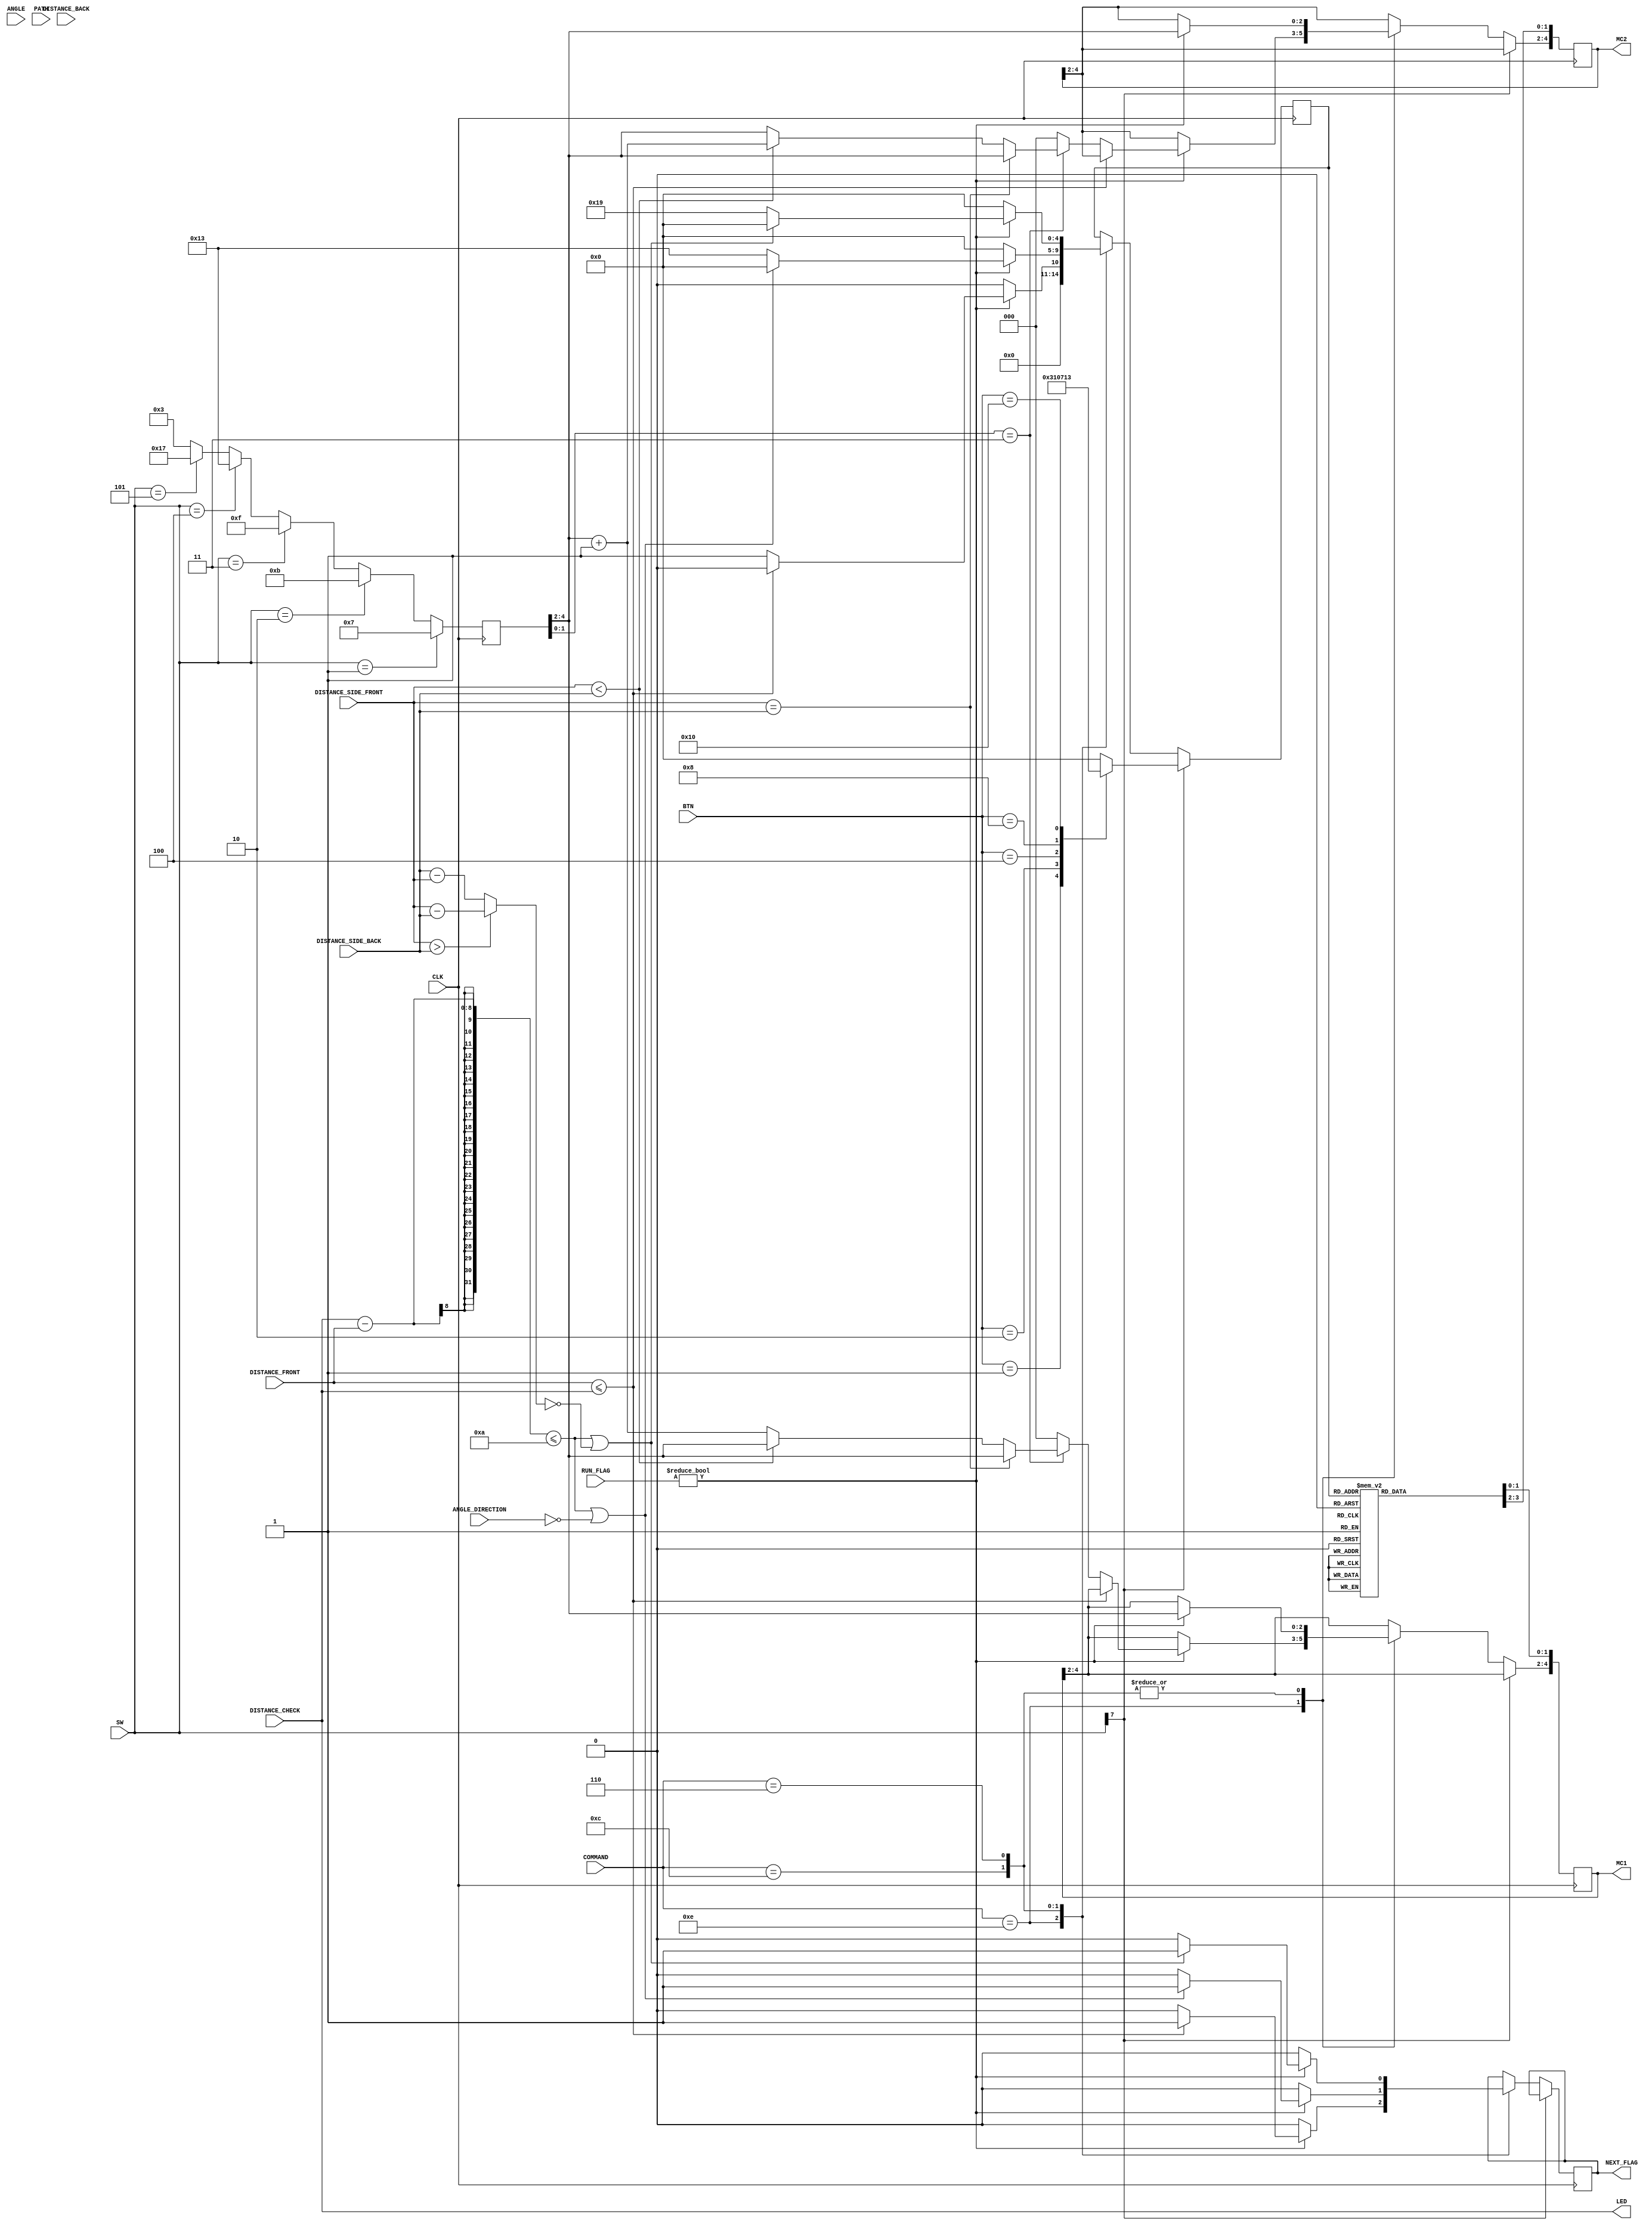
module direction_control(
		input CLK,
		input [7:0] SW,
		input [4:0] BTN,
		input [7:0] DISTANCE_FRONT,
		input [7:0] DISTANCE_BACK,
		input [7:0] DISTANCE_SIDE_BACK,
		input [7:0] DISTANCE_SIDE_FRONT,
		input [7:0] ANGLE,
		input [1:0] ANGLE_DIRECTION,
		input [4:0] COMMAND,
		input [7:0] PATH,
		input [7:0] DISTANCE_CHECK,
		output NEXT_FLAG,
		output reg [4:0] MC1, //Bits 1:0 control Direction, Bits 4:2 Control Power
		output reg [4:0] MC2,	 //Bits 1:0 control Direction, Bits 4:2 Control Power
		output [7:0] LED,
		input [1:0] RUN_FLAG
    );
	 
	wire [7:0] ALIGN_COMP;

	reg NEXT_FLAG;
	reg [4:0] DIR_STATE, PWM_STATE;
	reg [7:0] STATE;
	reg FLAG, STABLE,START;
	
	
	//	Movement Parameters
	parameter [4:0] NEUTRAL = 			5'b 00000;
	parameter [4:0] FORWARD = 			5'b 00001;
	parameter [4:0] REVERSE = 			5'b 00010;
	parameter [4:0] FORWARD_RIGHT = 	5'b 00011;
	parameter [4:0] BACK_RIGHT = 		5'b 00111;
	parameter [4:0] FORWARD_LEFT = 	5'b 11000;
	parameter [4:0] BACK_LEFT = 		5'b 10000;
	parameter [4:0] R_360 = 			5'b 10011;
	parameter [4:0] L_360 = 			5'b 11001;
	 
	// Power Parameters
	parameter [4:0] BOTH_88 = 	5'b 11111;
	parameter [4:0] BOTH_75 = 	5'b 11011;
	parameter [4:0] BOTH_62 = 	5'b 10111;
	parameter [4:0] BOTH_50 = 	5'b 10011;
	parameter [4:0] BOTH_38 = 	5'b 01111;
	parameter [4:0] BOTH_25 = 	5'b 01011;
	parameter [4:0] BOTH_17 = 	5'b 00111;
	parameter [4:0] BOTH_13 = 	5'b 00011;
	
	
	//	Command Parameters
	parameter [4:0] NO_COMMAND 	= 5'b 01100;
	parameter [4:0] TURN_RIGHT 	= 5'b 01100;
	parameter [4:0] TURN_LEFT 		= 5'b 00110;
	parameter [4:0] STRAIGHT 		= 5'b 01110;
	
	//	Phase Parameters
	parameter [1:0] RUN_INI = 2'b 00; //Initialization State
	parameter [1:0] RUN_EXC = 2'b 01; //Execution State
	parameter [1:0] RUN_COM = 2'b 10; //Completion State
	parameter [1:0] RUN_ERR = 2'b 11; //Error State
	
	initial begin
		START = 1;
		STATE = 0;
		FLAG = 1;
		STABLE = 0;
		NEXT_FLAG = 0;
	end
	
	assign LED = DISTANCE_CHECK;

	assign ALIGN_COMP = (DISTANCE_SIDE_FRONT > DISTANCE_SIDE_BACK) ? DISTANCE_SIDE_FRONT-DISTANCE_SIDE_BACK : DISTANCE_SIDE_BACK-DISTANCE_SIDE_FRONT;
	
	always @(posedge CLK) begin
		//Direction Control
		case(DIR_STATE) //MC1 is on right side, MC2 is on left side 
			NEUTRAL:begin //Neutral
							MC1[1:0] <= 2'b 01; //Neutral
							MC2[1:0] <= 2'b 01; //Neutral
						end
			FORWARD:begin //FORWARD
							MC1[1:0] <= 2'b 00; //Forward
							MC2[1:0] <= 2'b 00; //Forward
						end
			REVERSE:begin //REVERSE
							MC1[1:0] <= 2'b 10; //Reverse
							MC2[1:0] <= 2'b 10; //Reverse
						end
			FORWARD_RIGHT:begin //FORWARD RIGHT
							MC1[1:0] <= 2'b 01; //Neutral
							MC2[1:0] <= 2'b 00; //Forward
						end
			BACK_RIGHT:begin //BACKWARDS RIGHT
							MC1[1:0] <= 2'b 10; //Reverse
							MC2[1:0] <= 2'b 01; //Neutral
						end
			FORWARD_LEFT:begin //FORWARD LEFT
							MC1[1:0] <= 2'b 00; //Forward
							MC2[1:0] <= 2'b 01; //Neutral
						end
			BACK_LEFT:begin //BACKWARDS LEFT
							MC1[1:0] <= 2'b 01; //Neutral
							MC2[1:0] <= 2'b 10; //Reverse
						end
			R_360:begin //Right 360
						MC1[1:0] <= 2'b 10; //Reverse
						MC2[1:0] <= 2'b 00; //Forward
			end
			L_360:begin //Left 360
						MC1[1:0] <= 2'b 00; //Forward
						MC2[1:0] <= 2'b 10; //Reverse
			end
			default:begin //Default Neutral
							MC1[1:0] <= 2'b 01; //Neutral
							MC2[1:0] <= 2'b 01; //Neutral
						end
		endcase
		
//		//Power Control
//		if(PWM_STATE[1:0] == 2'b 11) begin //Both MC Receive Same Power
//			MC1[4:2] <= PWM_STATE[4:2];
//			MC2[4:2] <= PWM_STATE[4:2];
//		end else begin //Default Power for both MC 12.5%
//			MC1[4:2] <= 3'b 000;
//			MC2[4:2] <= 3'b 000;
//		end
		
		if (SW[7]) begin //Manual Mode
			case(BTN)
				1:DIR_STATE <= FORWARD_RIGHT;
				2:DIR_STATE <= REVERSE;
				4:DIR_STATE <= FORWARD;
				8:DIR_STATE <= FORWARD_LEFT;
				16:DIR_STATE <= R_360;
				default:DIR_STATE <= NEUTRAL;
			endcase
			
		end else begin 
				
			case(COMMAND)                              
				STRAIGHT:begin
								NEXT_FLAG <= 0;
								if(RUN_FLAG)begin
									if(DISTANCE_FRONT <= DISTANCE_CHECK)begin
										DIR_STATE <= NEUTRAL;
										NEXT_FLAG <= 1;
									end else begin
										DIR_STATE <= FORWARD;
										if(PWM_STATE[1:0] == 2'b 11) begin //Both MC Receive Same Power
											if(DISTANCE_SIDE_FRONT == DISTANCE_SIDE_BACK)begin
												MC1[4:2] <= PWM_STATE[4:2];
												MC2[4:2] <= PWM_STATE[4:2];
											end else if(DISTANCE_SIDE_FRONT < DISTANCE_SIDE_BACK)begin
												MC1[4:2] <= PWM_STATE[4:2];
												MC2[4:2] <= PWM_STATE[4:2] + 3'b 001;
											end else begin
												MC2[4:2] <= PWM_STATE[4:2];
												MC1[4:2] <= PWM_STATE[4:2] + 3'b 001;
											end
										end else begin //Default Power for both MC 12.5%
											MC1[4:2] <= 3'b 000;
											MC2[4:2] <= 3'b 000;
										end
									end		
								end else begin
									DIR_STATE <= NEUTRAL;
								end
							end
				TURN_RIGHT:	begin
									NEXT_FLAG <= 0;
									if(RUN_FLAG)begin
										MC1[4:2] <= PWM_STATE[4:2];
										MC2[4:2] <= PWM_STATE[4:2];
										if(((DISTANCE_CHECK-DISTANCE_FRONT) <= 10)|(ANGLE_DIRECTION == 0))begin
											DIR_STATE <= NEUTRAL;
											NEXT_FLAG <= 1;
										end else begin
											DIR_STATE <= R_360;
										end 
									end else begin
										DIR_STATE <= NEUTRAL;
									end
								end
				TURN_LEFT:	begin
									NEXT_FLAG <= 0;
									if(RUN_FLAG)begin
										MC1[4:2] <= PWM_STATE[4:2];
										MC2[4:2] <= PWM_STATE[4:2];
										if(((DISTANCE_CHECK-DISTANCE_FRONT) <= 10)|(ALIGN_COMP == 0))begin
											DIR_STATE <= NEUTRAL;
											NEXT_FLAG <= 1;
										end else begin
											DIR_STATE <= L_360;
										end 					
									end else begin
										DIR_STATE <= NEUTRAL;
									end
								end
				NO_COMMAND:	begin
									DIR_STATE <= NEUTRAL;
								end
			endcase
				
		end	
		
		if(SW == 1) //Power setting 
			PWM_STATE <= BOTH_17;
		else if(SW == 2)
			PWM_STATE <= BOTH_25;
		else if(SW == 3)
			PWM_STATE <= BOTH_38;
		else if(SW == 4)
			PWM_STATE <= BOTH_50;
		else if(SW == 5)
			PWM_STATE <= BOTH_62;
		else
			PWM_STATE <= BOTH_13;	
				
		
				
	end

endmodule